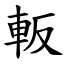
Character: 䡊